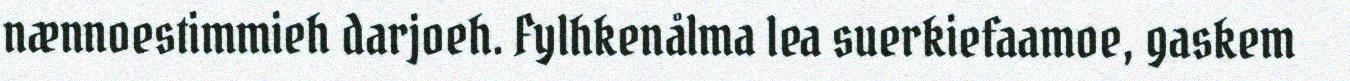
nænnoestimmieh darjoeh. Fylhkenålma lea suerkiefaamoe, gaskem